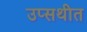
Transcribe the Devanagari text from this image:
उप्सथीत